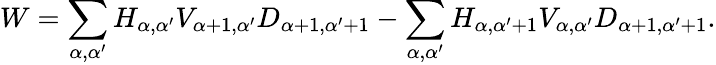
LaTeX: W=\sum_{\alpha,\alpha^{\prime}}H_{\alpha,\alpha^{\prime}}V_{\alpha+1,\alpha^{\prime}}D_{\alpha+1,\alpha^{\prime}+1}-\sum_{\alpha,\alpha^{\prime}}H_{\alpha,\alpha^{\prime}+1}V_{\alpha,\alpha^{\prime}}D_{\alpha+1,\alpha^{\prime}+1}.